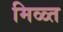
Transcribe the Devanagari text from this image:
मिळ्त